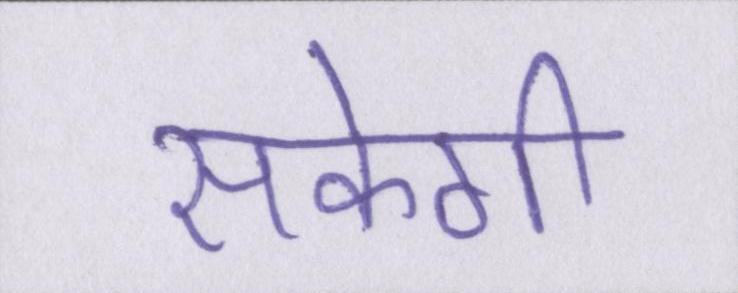
सकेगी